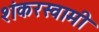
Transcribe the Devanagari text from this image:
शंकरस्वामी